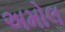
અમોલ